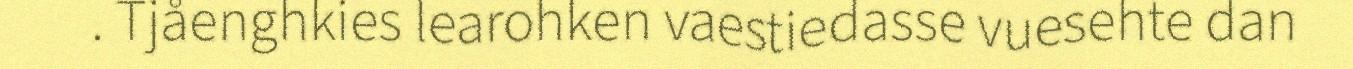
. Tjåenghkies learohken vaestiedasse vuesehte dan